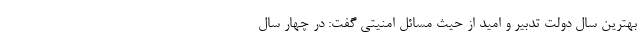
بهترین سال دولت تدبیر و امید از حیث مسائل امنیتی گفت: در چهار سال